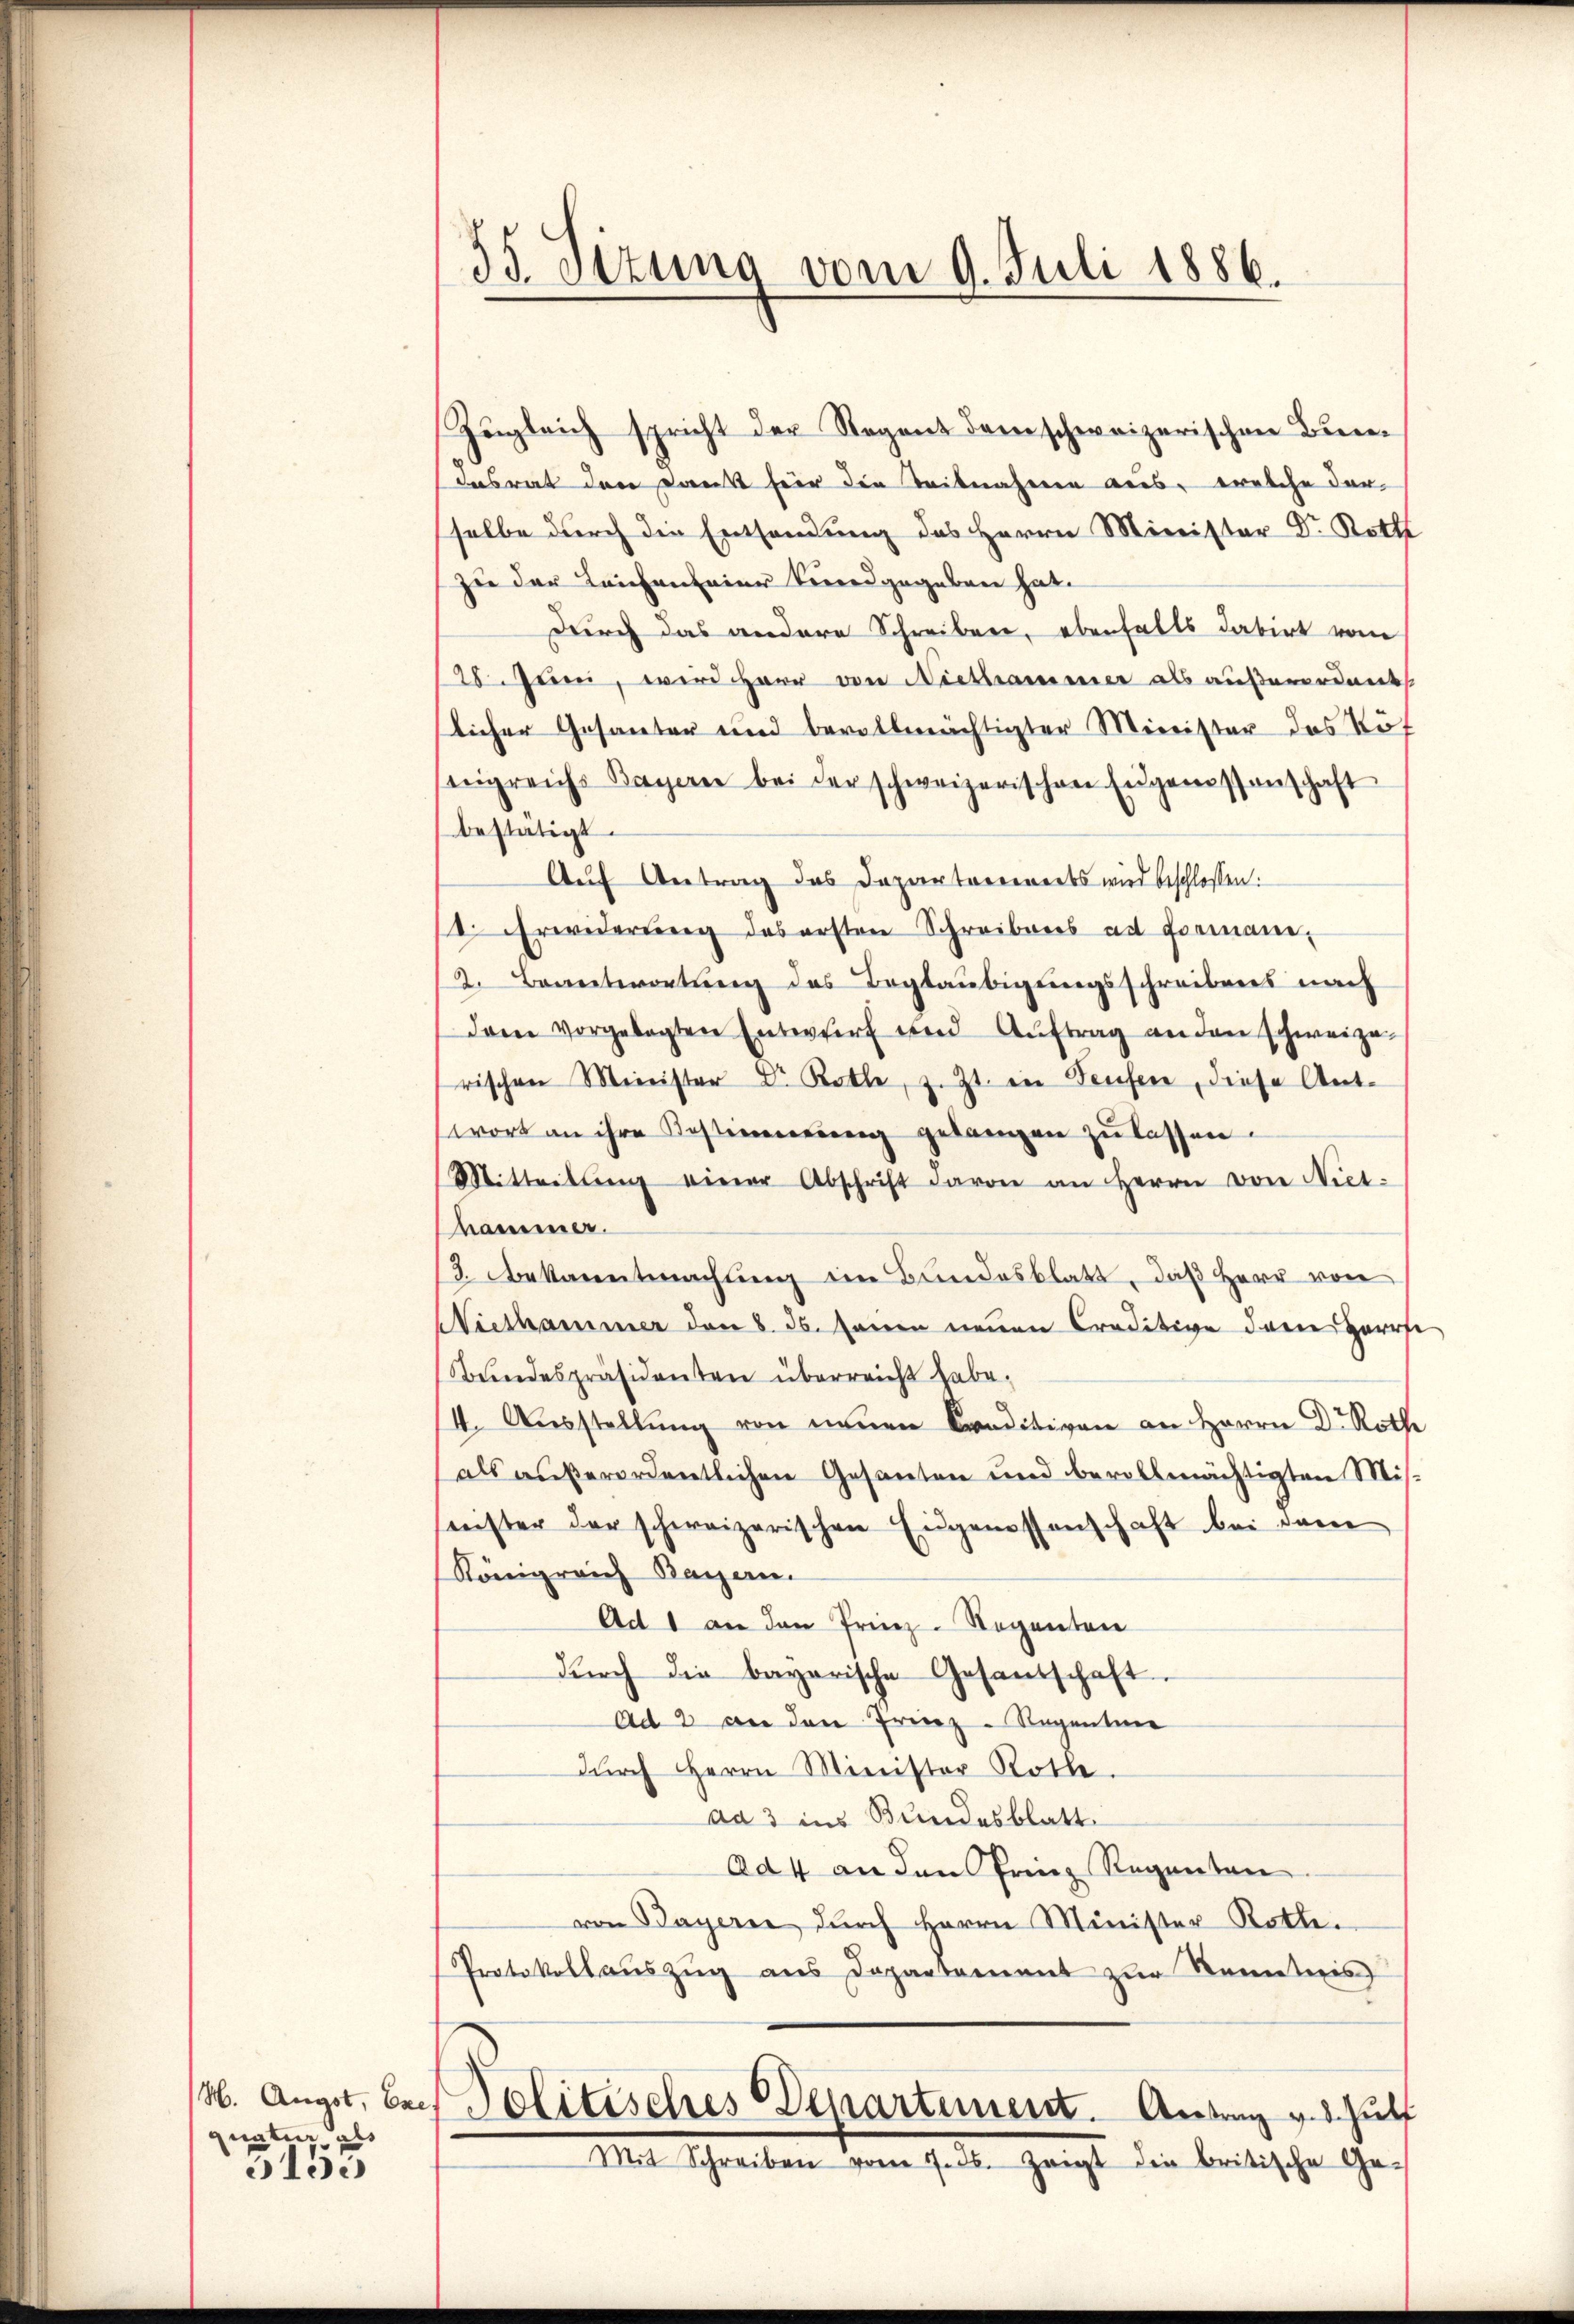
quatur, als
31de

35. Sizung vom 9. Juli 1886.

Zugleich spricht der Regens dem schweizerischen Bundesrat den Dank hier die Teilnahmen aus, welche darselbe durch die Entsandung des Herrn Minister Dr. Roth
zu der Leifenseine Verordgegeben hat.
durch das andere Schreiben, ebenfalls datirt vom
28. Juni, wird Herr von Niethammer als außerordent
licher Gesanter und bevollmächtigter Minister das Köf
teigreichs Bayerne bei der schweizerischen Eigenessenschaft
bestätigt.
Auf Antrag das Dapartareinerts wird beschlossen:
t. Erwiderŭng des ersten Schreibens ad Formani-
2. Beantwortŭng des Beglaubigungsschreibens nach
dam vorgelegten Entwurf und Aŭftrag an den schweize
rischen Minister Dr. Rolle, z. Zt. ein Teufen, diese Antwort an ihre Kostinnenen gelangen zu lassen.
Mitteilŭng einer Abschrift davon an Herrn von Niet-
hammer.
3. Bekanntmachung im Bundesblatt, daß Herr von
Niethammer den 8. ds. senen neuen Craditive der Herre
Bundespräsidenten überreicht habe.
(4. Ausstellung von neuen Craditiven an Herrn Dr. Rothe
als außerordentlichen Gesanten und bevollmächtigten Misnister der schweizerischen Eigenessenschaft bei dem
Königreich Bayern.
Ad 1 an den Prinz-Regenten
dŭrch die bayerische Gesandschaft.
Ad 2 an den Prinz-Regenten
dŭrch Herrn Minister Roth.
da 3 ins Bundesblatt.
Ad 4 an den Prinz Regenten
von Bayern durch Herrn Minister Rotte.
Protokoll aŭszŭg aŭs Departement zŭr Kenntnis
14. Augst, bei Politisches Departement. Antrag v. J. Hülf
Mit Schreiben vom 7. ds. zeigt die britische Ge-